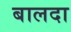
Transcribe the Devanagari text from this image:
बालदा